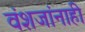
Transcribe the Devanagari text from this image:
वंशजांनाही